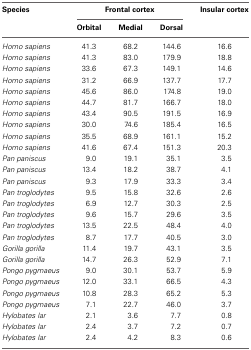
| Species | <COLSPAN=3> Frontal cortex | Insular cortex |
 |  | Orbital | Medial | Dorsal |  |
 | --- | --- | --- | --- | --- |
 | Homo sapiens | 41.3 | 68.2 | 144.6 | 16.6 |
 | Homo sapiens | 41.3 | 83.0 | 179.9 | 18.8 |
 | Homo sapiens | 33.6 | 67.3 | 149.1 | 14.6 |
 | Homo sapiens | 31.2 | 66.9 | 137.7 | 17.7 |
 | Homo sapiens | 45.6 | 86.0 | 174.8 | 19.0 |
 | Homo sapiens | 44.7 | 81.7 | 166.7 | 18.0 |
 | Homo sapiens | 43.4 | 90.5 | 191.5 | 16.9 |
 | Homo sapiens | 30.0 | 74.6 | 185.4 | 16.5 |
 | Homo sapiens | 35.5 | 68.9 | 161.1 | 15.2 |
 | Homo sapiens | 41.6 | 67.4 | 151.3 | 20.3 |
 | Pan paniscus | 9.0 | 19.1 | 35.1 | 3.5 |
 | Pan paniscus | 13.4 | 18.2 | 38.7 | 4.1 |
 | Pan paniscus | 9.3 | 17.9 | 33.3 | 3.4 |
 | Pan troglodytes | 9.5 | 15.8 | 32.6 | 2.6 |
 | Pan troglodytes | 6.9 | 12.7 | 30.3 | 2.5 |
 | Pan troglodytes | 9.6 | 15.7 | 29.6 | 3.5 |
 | Pan troglodytes | 13.5 | 22.5 | 48.4 | 4.0 |
 | Pan troglodytes | 8.7 | 17.7 | 40.5 | 3.0 |
 | Gorilla gorilla | 11.4 | 19.7 | 43.1 | 3.5 |
 | Gorilla gorilla | 14.7 | 26.3 | 52.9 | 7.1 |
 | Pongo pygmaeus | 9.0 | 30.1 | 53.7 | 5.9 |
 | Pongo pygmaeus | 12.0 | 33.1 | 66.5 | 4.3 |
 | Pongo pygmaeus | 10.8 | 28.3 | 65.2 | 5.3 |
 | Pongo pygmaeus | 7.1 | 22.7 | 46.0 | 3.7 |
 | Hylobates lar | 2.1 | 3.6 | 7.7 | 0.8 |
 | Hylobates lar | 2.4 | 3.7 | 7.2 | 0.7 |
 | Hylobates lar | 2.4 | 4.2 | 8.3 | 0.6 |